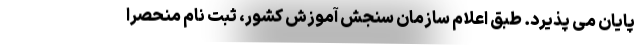
پایان می پذیرد. طبق اعلام سازمان سنجش آموزش کشور، ثبت نام منحصراً